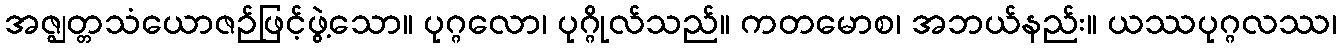
အဇ္ဈတ္တသံယောဇဉ်ဖြင့်ဖွဲ့သော။ ပုဂ္ဂလော၊ ပုဂ္ဂိုလ်သည်။ ကတမောစ၊ အဘယ်နည်း။ ယဿပုဂ္ဂလဿ၊